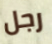
رجل